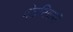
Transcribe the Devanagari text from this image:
गोत्रनियमों